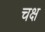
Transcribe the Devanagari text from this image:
चक्ष